Report of the Indian Hemp Drugs Commission, 1894-1895 - Volume I
Year: 1894
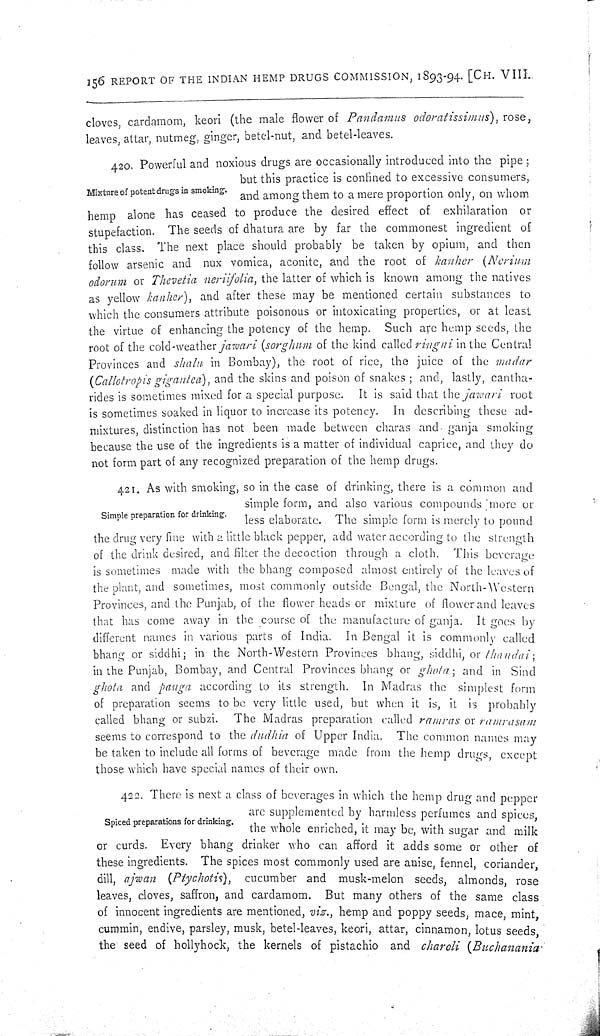
156 REPORT OF THE INDIAN HEMP DRUGS COMMISSION, 1893-94. [CH. VIII.
cloves, cardamom, keori (the male flower of Pandamus odoratissimus), rose,
leaves, attar, nutmeg, ginger, betel-nut, and betel-leaves.
Mixture of potent drugs in smoking.
420. Powerful and noxious drugs are occasionally introduced into the pipe;
but this practice is confined to excessive consumers,
and among them to a mere proportion only, on whom
hemp alone has ceased to produce the desired effect of exhilaration or
stupefaction. The seeds of dhatura are by far the commonest ingredient of
this class. The next place should probably be taken by opium, and then
follow arsenic and nux vomica, aconite, and the root of kanher (Nerium
odorum or Thevetia neriifolia, the latter of which is known among the natives
as yellow kanher), and after these may be mentioned certain substances to
which the consumers attribute poisonous or intoxicating properties, or at least
the virtue of enhancing the potency of the hemp. Such are hemp seeds, the
root of the cold-weather jawari (sorghum of the kind called ringni in the Central
Provinces and shalu in Bombay), the root of rice, the juice of the madar
(Callotropis gigantea), and the skins and poison of snakes; and, lastly, cantha-
rides is sometimes mixed for a special purpose. It is said that the jawari root
is sometimes soaked in liquor to increase its potency. In describing these ad-
mixtures, distinction has not been made between charas and ganja smoking
because the use of the ingredients is a matter of individual caprice, and they do
not form part of any recognized preparation of the hemp drugs.
Simple preparation for drinking.
421. As with smoking, so in the case of drinking, there is a common and
simple form, and also various compounds more or
less elaborate. The simple form is merely to pound
the drug very fine with a little black pepper, add water according to the strength
of the drink desired, and filter the decoction through a cloth. This beverage
is sometimes made with the bhang composed almost entirely of the leaves of
the plant, and sometimes, most commonly outside Bengal, the North-Western
Provinces, and the Punjab, of the flower heads or mixture of flower and leaves
that has come away in the course of the manufacture of ganja. It goes by
different names in various parts of India. In Bengal it is commonly called
bhang or siddhi; in the North-Western Provinces bhang, siddhi, or thandai;
in the Punjab, Bombay, and Central Provinces bhang or ghota; and in Sind
ghota and panga according to its strength. In Madras the simplest form
of preparation seems to be very little used, but when it is, it is probably
called bhang or subzi. The Madras preparation called ramras or ramrasam
seems to correspond to the dudhia of Upper India. The common names may
be taken to include all forms of beverage made from the hemp drugs, except
those which have special names of their own.
Spiced preparations for drinking.
422. There is next a class of beverages in which the hemp drug and pepper
are supplemented by harmless perfumes and spices,
the whole enriched, it may be, with sugar and milk
or curds. Every bhang drinker who can afford it adds some or other of
these ingredients. The spices most commonly used are anise, fennel, coriander,
dill, ajwan (Ptychotis), cucumber and musk-melon seeds, almonds, rose
leaves, cloves, saffron, and cardamom. But many others of the same class
of innocent ingredients are mentioned, viz., hemp and poppy seeds, mace, mint
cummin, endive, parsley, musk, betel-leaves, keori, attar, cinnamon, lotus seeds
the seed of hollyhock, the kernels of pistachio and charoli (Buchanania